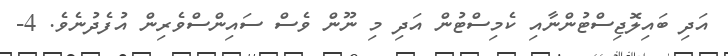
އަދި ބައިލޮޖިސްޓުންނާއި ކެމިސްޓުން އަދި މި ނޫން ވެސް ސައިންސްވެރިން އުފެދުނެވެ. 4-